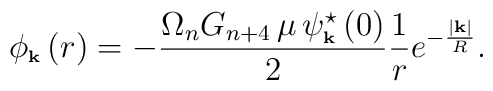
\phi_{\mbox{\bf \tiny k}}\left( r\right) = -\frac{\Omega_n G_{n+4}\,    \mu\,     \psi^\star _{\mbox{\bf\tiny k}}\left( 0\right) }{2} \frac{1}{r}    e^{-\frac{\left|\mbox{\tiny\bf k}\right|}{R}} .